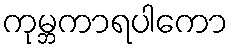
ကုမ္ဘကာရပါကော